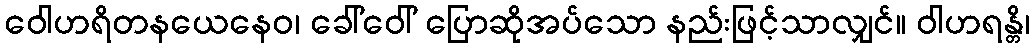
ဝေါဟရိတနယေနေဝ၊ ခေါ်ဝေါ် ပြောဆိုအပ်သော နည်းဖြင့်သာလျှင်။ ဝါဟရန္တိ၊